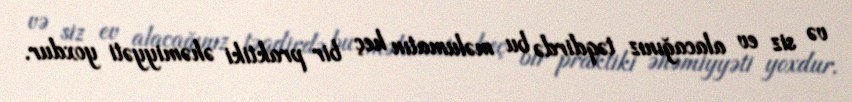
və siz ev alacağınız təqdirdə bu məlumatın heç bir praktiki əhəmiyyəti yoxdur.